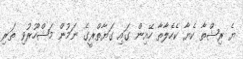
ޔެ ރިޝްތާ ކެޔާ ކެހެލާތާ ހޭއިން ގައި ގަޔާތްރީގެ ނަމުން މަޝްހޫރުވި ތަރި